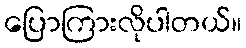
ပြောကြားလိုပါတယ်။